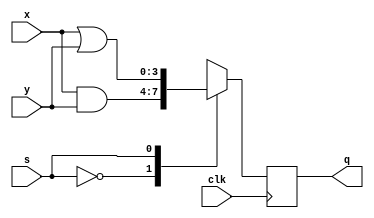
`timescale 1ns / 1ps
//////////////////////////////////////////////////////////////////////////////////
// Company: 
// Engineer: 
// 
// Design Name: 
// Module Name:    Problem4 
// Project Name: 
// Target Devices: 
// Tool versions: 
// Description: 
//
// Dependencies: 
//
// Revision: 
// Revision 0.01 - File Created
// Additional Comments: 
//
//////////////////////////////////////////////////////////////////////////////////
module Problem4(
    input wire [3:0] x,
    input wire [3:0] y,
    input wire s,
    input wire clk,
    output reg [3:0] q
    );
	 
	 
always @(posedge clk) begin
	case(s) //Use a case statement with the selector "s"
		3'b000:	q = x & y; //If s = 0 then and x and y and push it into q
		3'b001:	q = x | y; //etc...
		3'b010:	q = x ^ y; 
		3'b011:	q = ~(x & y); 
		3'b100:	q = ~(x | y); 
	endcase
end
endmodule